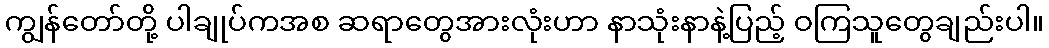
ကျွန်တော်တို့ ပါချုပ်ကအစ ဆရာတွေအားလုံးဟာ နာသုံးနာနဲ့ပြည့် ဝကြသူတွေချည်းပါ။